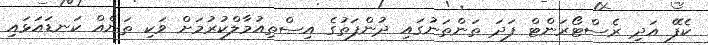
ކެފޭ އަދި ރެސްޓޯރަންޓް ފަދަ ތަންތަނުގައި ދުންފަތުގެ އިސްތިއުމާލްކުރުމަށް ވަކި ތަނެއް ކަނޑައަޅައި